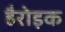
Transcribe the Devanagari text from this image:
हैरोइक